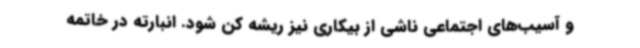
و آسیب‌های اجتماعی ناشی از بیکاری نیز ریشه کن شود. انبارته در خاتمه